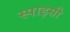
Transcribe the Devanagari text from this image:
स्‍पाइसी